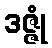
ဒဇ္ဇုံ